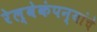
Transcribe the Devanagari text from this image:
रेल्वेकंपन्यांचे